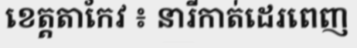
ខេត្តតាកែវ ៖ នារីកាត់ដេរពេញ